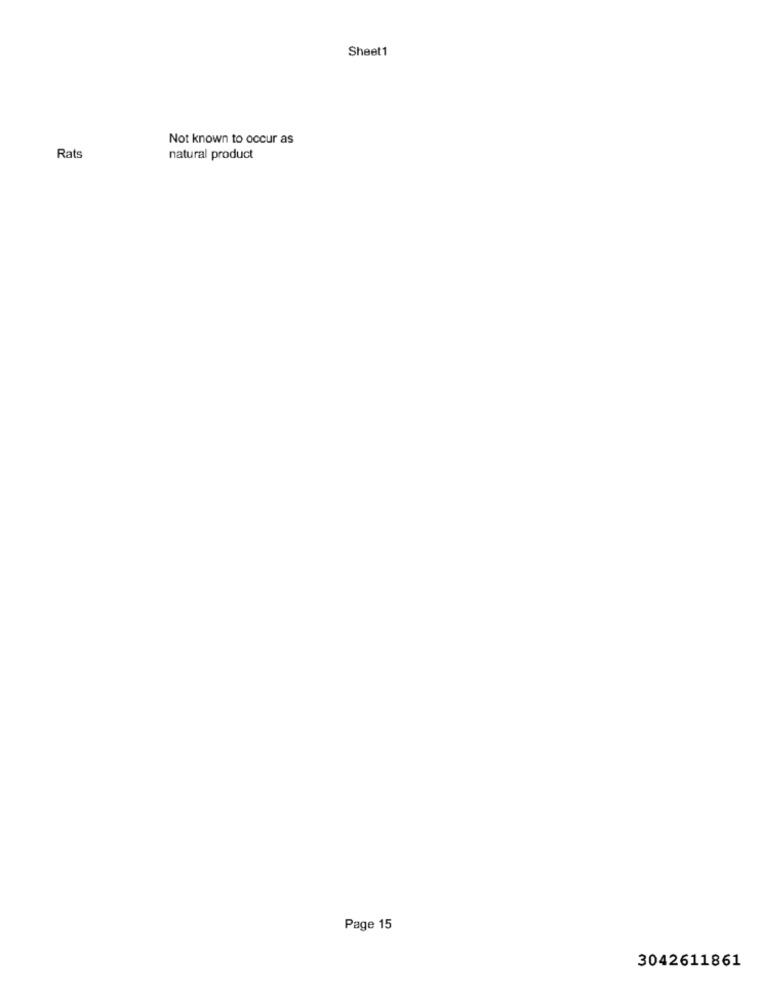
Sheet1
Not known to occur as
Rats
natural product
Page 15
3042611861